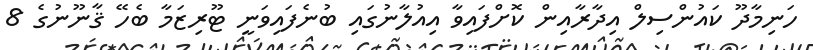
ހަނިމާދޫ ކައުންސިލް އިދާރާއިން ކޮށްފައިވާ އިއުލާނުގައި ބުނެފައިވަނީ ޓޫރިޒަމާ ބެހޭ ޤާނޫނުގެ 8